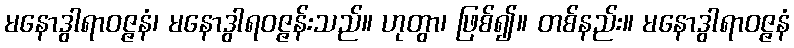
မနောဒွါရာဝဇ္ဇနံ၊ မနောဒွါရဝဇ္ဇန်းသည်။ ဟုတွာ၊ ဖြစ်၍။ တစ်နည်း။ မနောဒွါရာဝဇ္ဇနံ